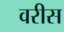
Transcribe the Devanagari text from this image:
वरीस